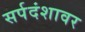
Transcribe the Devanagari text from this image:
सर्पदंशावर